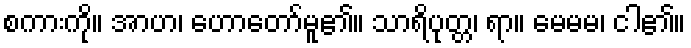
စကားကို။ အာဟ၊ ဟောတော်မူ၏။ သာရိပုတ္တ၊ ရာ။ မေမမ၊ ငါ၏။